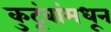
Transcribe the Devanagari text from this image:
कुटूंबांमधून